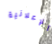
الإعلانية